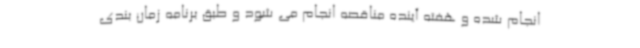
انجام شده و هفته آینده مناقصه انجام می شود و طبق برنامه زمان بندی